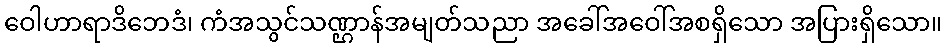
ဝေါဟာရာဒိဘေဒံ၊ ကံအသွင်သဏ္ဌာန်အမျတ်သညာ အခေါ်အဝေါ်အစရှိသော အပြားရှိသော။